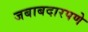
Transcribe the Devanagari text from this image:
जबाबदारपणे